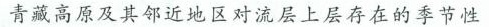
青藏高原及其邻近地区对流层上层存在的季节性